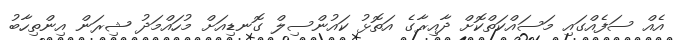
އެއް ސަފެއްގައި މަސައްކަތްކޮށް ދާއިރާގެ އަތޮޅު ކައުންސިލް ގޮނޑިއަށް މުހައްމަދު ޝިރަން އިންތިހާބު